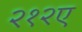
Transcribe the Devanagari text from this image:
२१२ए